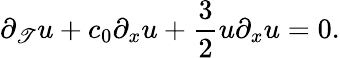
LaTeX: \partial_{\mathscr{T}}u+c_{0}\partial_{x}u+\frac{{3}}{{2}}u\partial_{x}u=0.